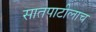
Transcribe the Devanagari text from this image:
सातपाटीलाच